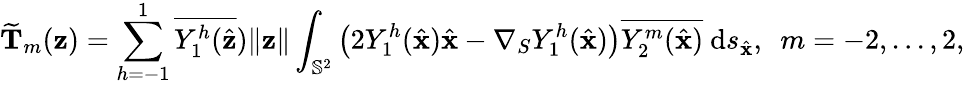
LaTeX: \widetilde{\mathbf T}_{m}(\mathbf z)=\sum_{h=-1}^{1}{\overline{{Y_{1}^{h}(\hat{\mathbf{z}}}})\| \mathbf{z}\| }\int_{\mathbb{S}^{2}}\big(2Y_{1}^{h}(\hat{\mathbf{x}})\hat{\mathbf{x}}-\nabla_{S}Y_{1}^{h}(\hat{\mathbf{x}})\big)\overline{{Y_{2}^{m}(\hat{\mathbf{x}})}}~\mathrm{d}s_{\hat{\mathbf{x}}},~~m=-2,...,2,